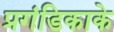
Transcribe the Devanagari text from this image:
प्रगंडिकाके